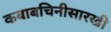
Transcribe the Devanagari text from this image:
कबाबचिनीसारखी